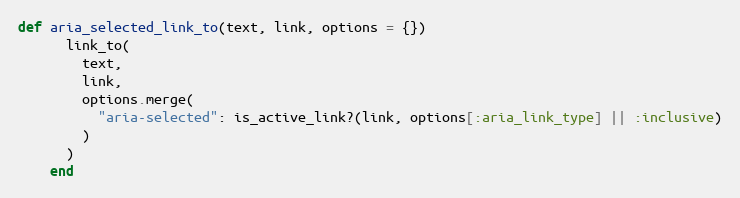
Language: Ruby
def aria_selected_link_to(text, link, options = {})
      link_to(
        text,
        link,
        options.merge(
          "aria-selected": is_active_link?(link, options[:aria_link_type] || :inclusive)
        )
      )
    end